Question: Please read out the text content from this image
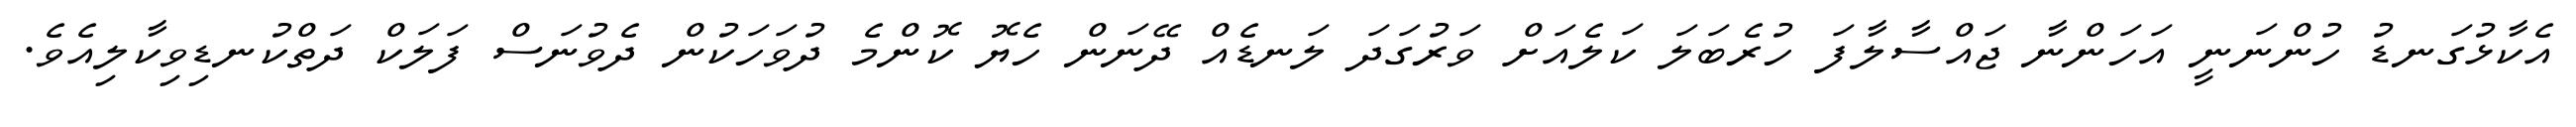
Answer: އެކާޅުގަނޑު ހުންނަނީ އަހަންނާ ޖައްސާލާފަ ހުރެބަލަ ކަލެއަށް ވަރުގަދަ ލަނޑެއް ދޭނަން ހެޔޮ ކޮންމެ ދުވަހަކުން ދެވުނަސް ފަލަކް ދަތްކުނޑިވިކާލިއެވެ.